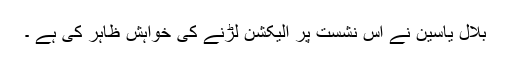
بلال یاسین نے اس نشست پر الیکشن لڑنے کی خواہش ظاہر کی ہے ۔